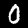
Label: 0